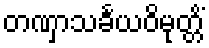
တဏှာသင်္ခယဝိမုတ္တိံ